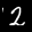
Label: 2